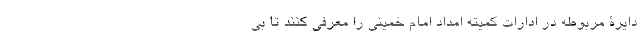
دایرۀ مربوطه در ادارات کمیته امداد امام خمینی را معرفی کنند تا بی